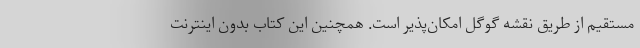
مستقیم از طریق نقشه گوگل امکان‌پذیر است. همچنین این کتاب بدون اینترنت